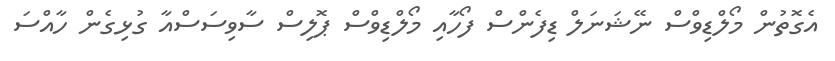
އެގޮތުން މޯލްޑިވްސް ނޭޝަނަލް ޑިފެންސް ފޯހާއި މޯލްޑިވްސް ޕޮލިސް ސާވިސަސްއާ ގުޅިގެން ހާއްސަަ